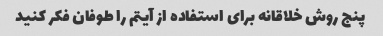
پنج روش خلاقانه برای استفاده از آیتم را طوفان فکر کنید